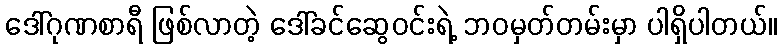
ဒေါ်ဂုဏစာရီ ဖြစ်လာတဲ့ ဒေါ်ခင်ဆွေဝင်းရဲ့ ဘဝမှတ်တမ်းမှာ ပါရှိပါတယ်။